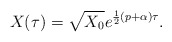
\begin{align*}X(\tau )=\sqrt{X_0}e^{\frac 12\left( p+\alpha \right) \tau }.\end{align*}